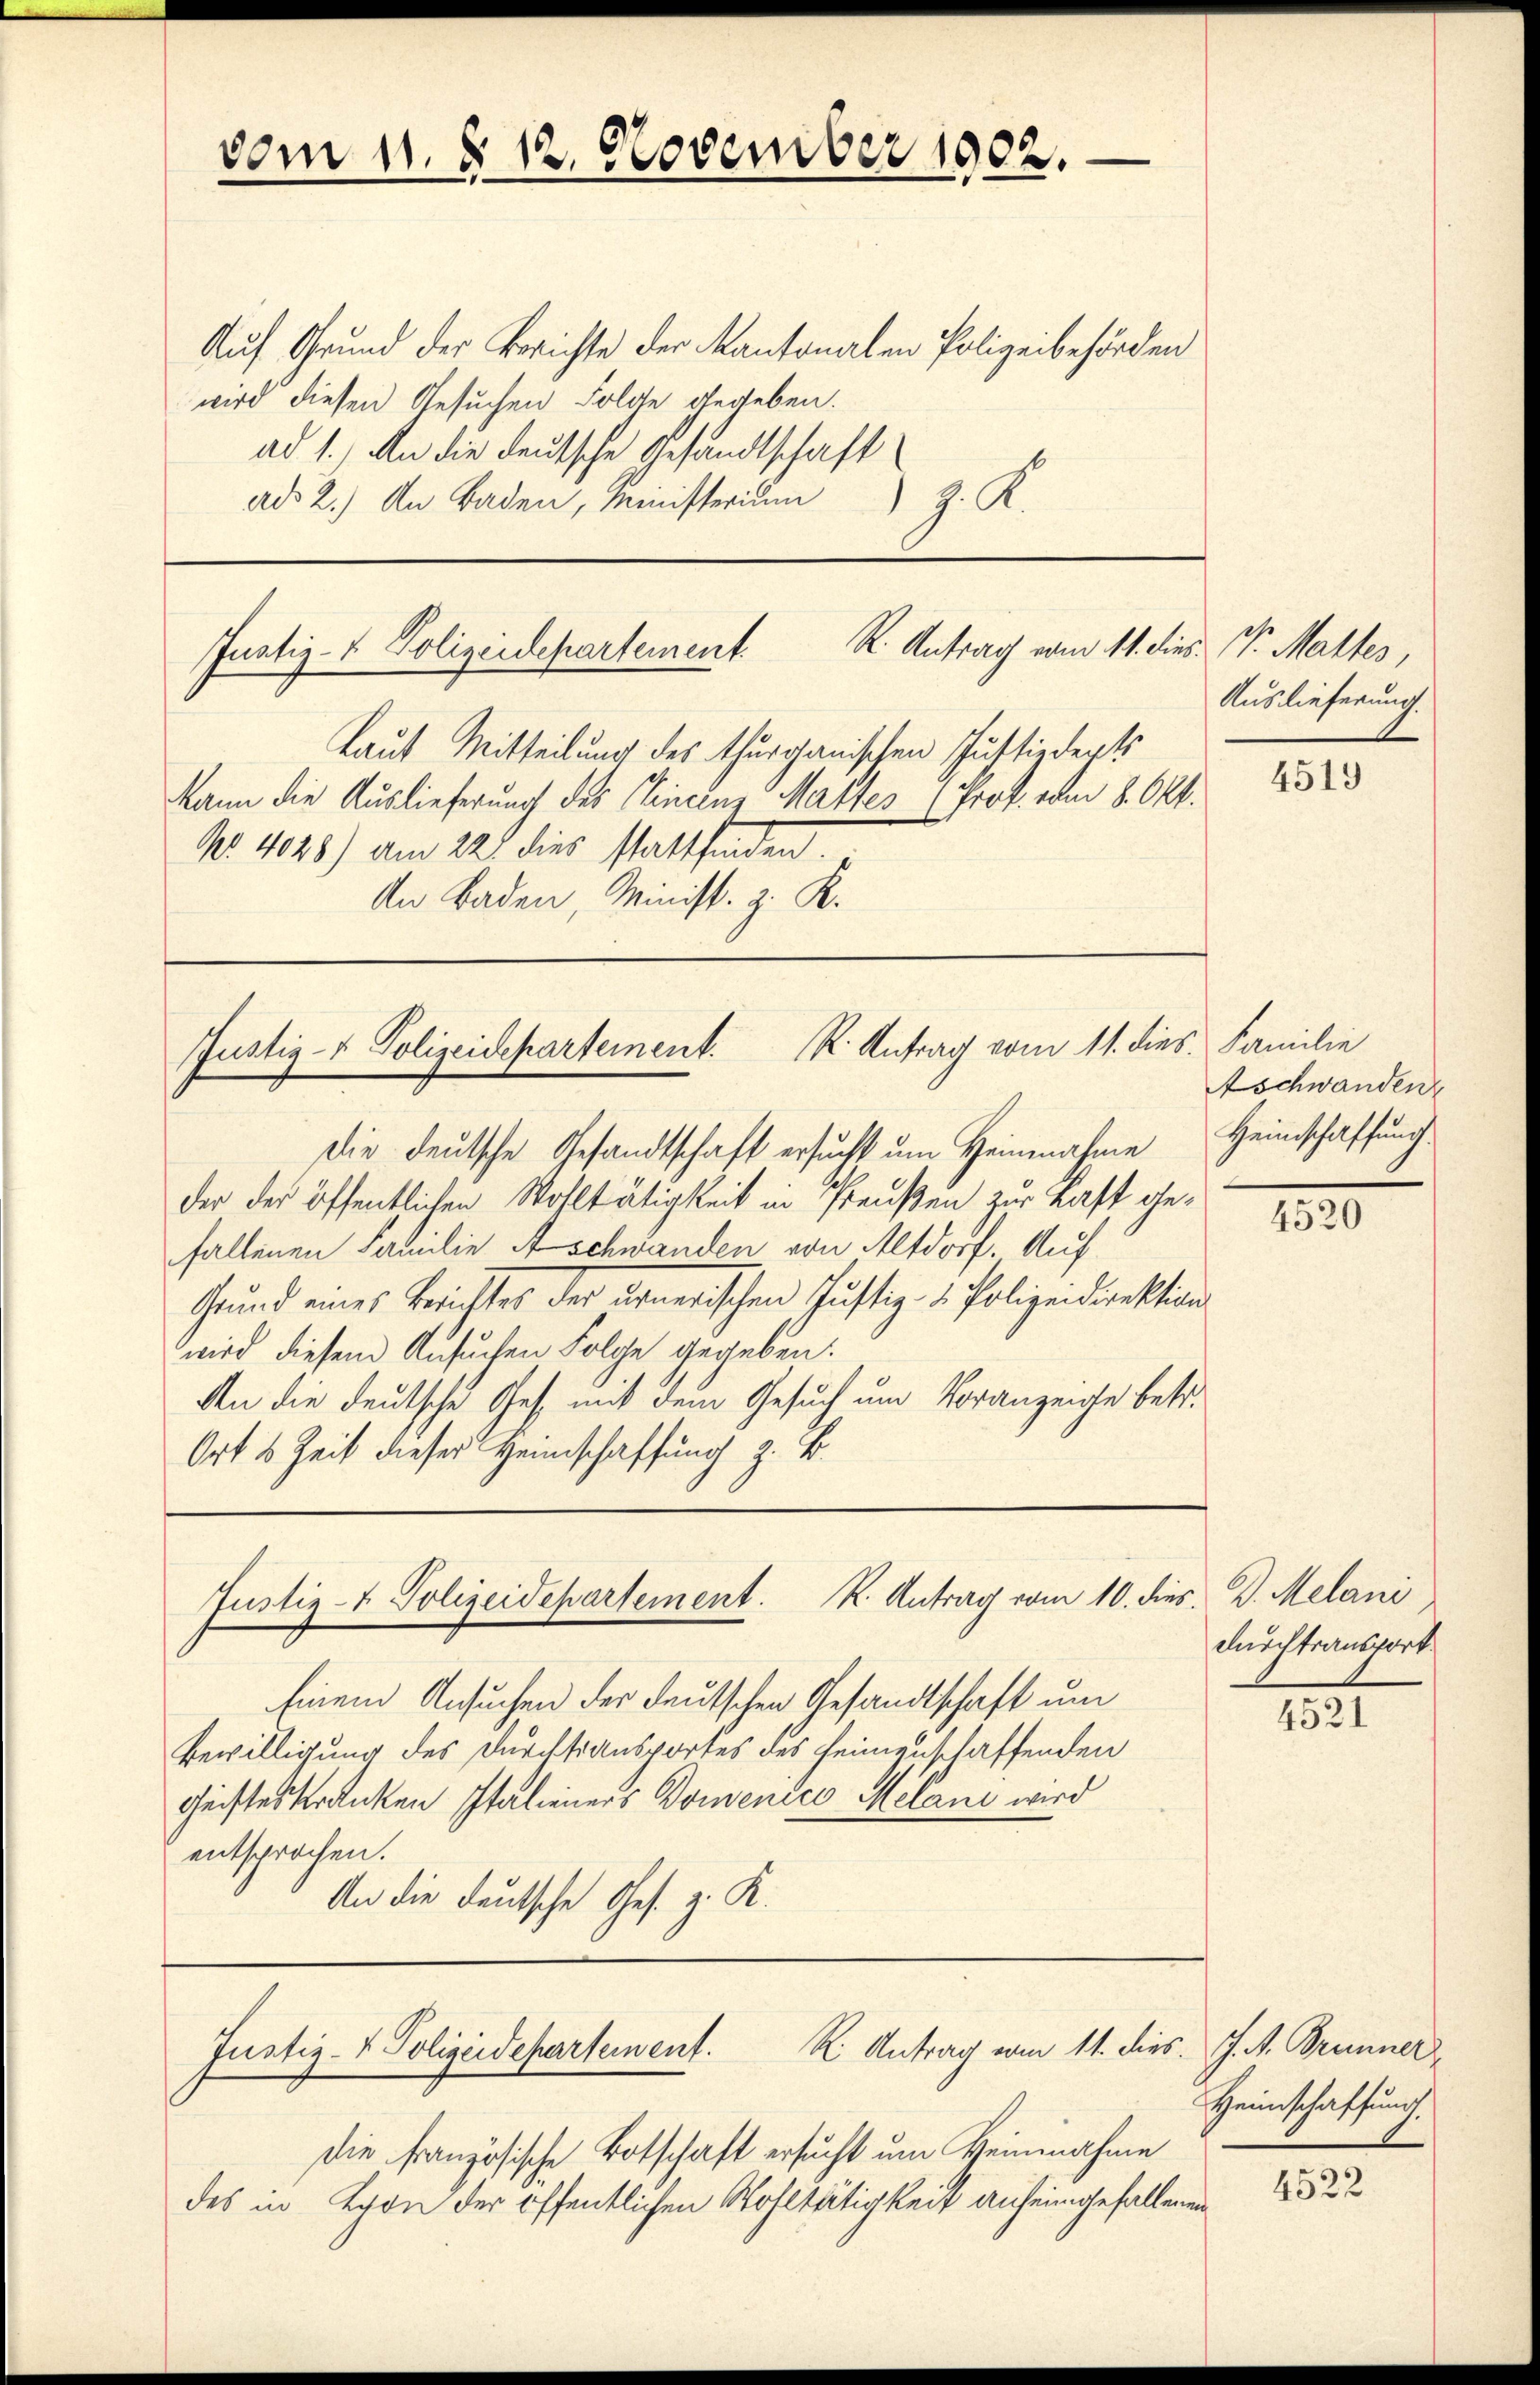
vom 11. § 12. November 1902.

Auf Grund der Berichte der Kantonalen Polizeibehörden
wird diesen Gesuchen Folge gegeben.
ad 1.) An die deutsche Gesandtschaft
ad 2.) An Baden, Ministerium. K.

Justiz- & Polizeidepartement. R. Antrag vom 11. dies Dr. Maltes,

Laut Mitteilung des thurgauischen Justizdepts
kann die Auslieferung des Cincinz Mattes (Prof. vom 8. Okt.
No. 4048) am 22t dies stattfinden.
An Baden, Minist. z. R.

Die deutsche Gesandtschaft ersucht um Heinnahme
der der öffentlichen Wohltätigkeit in Preußen zur Last gefallenen Familie Aschwanden von Altdorf. Auf
Grund eines Berichtes der ernerischen Justiz- & Polizeidirektion
wird diesem Ansuchen Folge gegeben.
An die deutsche Ges. mit dem Gesuch um Voranzeige betr.
Ort 3 Zeit dieser Heimschaffung z. B.

Justiz- & Polizeidepartement. K. Antrag vom 11. dies Familie

Einem Ansuchen der deutschen Gesandtschaft um
Bewilligung des Durchsiansportes des heimzuschaffenden
Geisteskranken Italieners Domenico Melani wird
entsprochen.
An die deutsche Ges. z. R.

Justiz- & Polizeidepartement. K. Antrag vom 10. dies D. Melani

R. Antrag vom 11. dies. J. M. Brunner
Justiz- & Polizeidepartement.

die französische Botschaft ersucht um Heinnahme
des in von der öffentlichen Wohltätigkeit anheimgefallenen

Auslieferung.

4519

Aschwanden
Heimschaffung.

4520

durchtransport

4521

Heimschaffung

4522